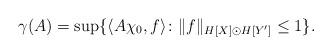
LaTeX: \begin{align*}\gamma(A)=\sup\{\langle A\chi_0, f\rangle\colon \|f\|_{H[X]\odot H[Y']}\leq 1\}.\end{align*}